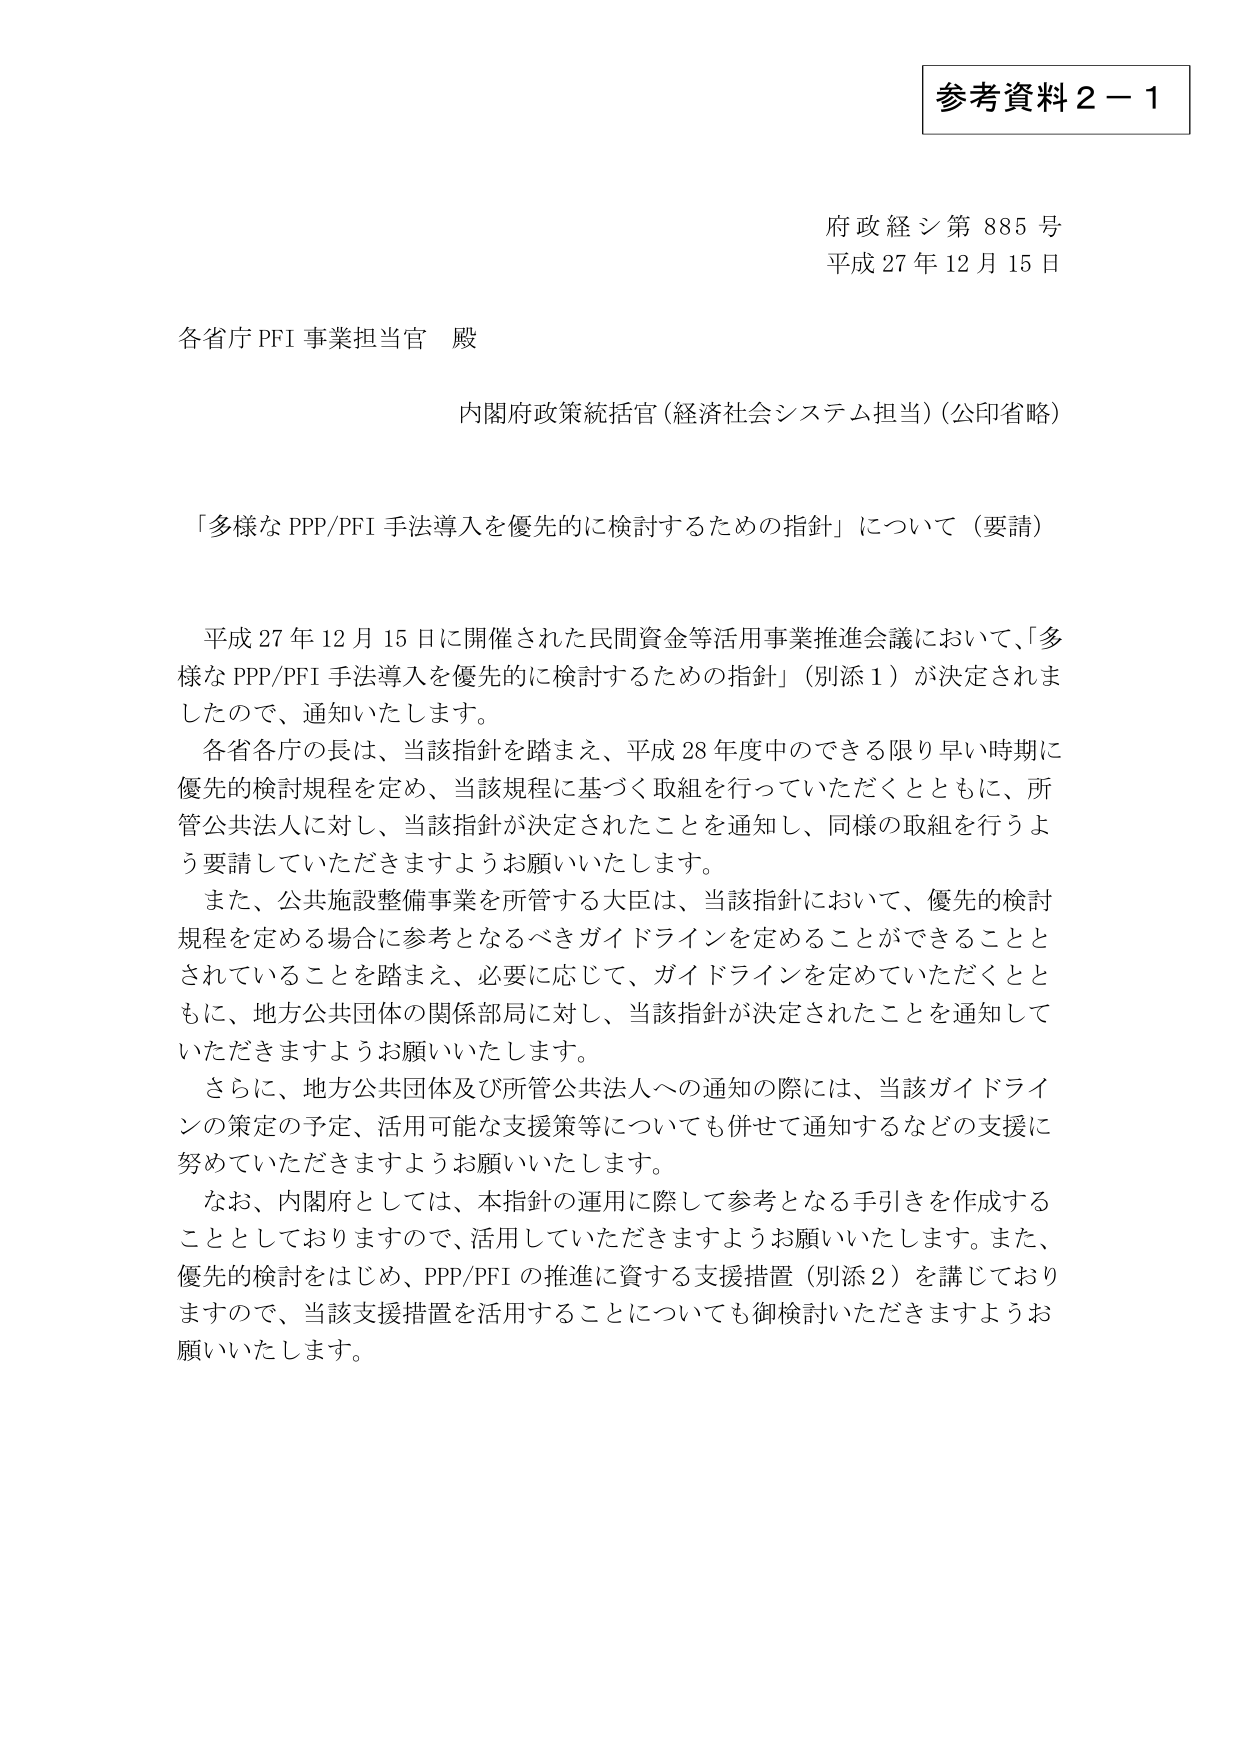
参考資料２－１

府政経シ第885号
平成27年12月15日

各省庁PFI事業担当官 殿

内閣府政策統括官（経済社会システム担当）（公印省略）

「多様なPPP/PFI手法導入を優先的に検討するための指針」について（要請）

平成27年12月15日に開催された民間資金等活用事業推進会議において、「多様なPPP/PFI手法導入を優先的に検討するための指針」（別添1）が決定されましたので、通知いたします。

各省各庁の長は、当該指針を踏まえ、平成28年度中のできる限り早い時期に優先的検討規程を定め、当該規程に基づく取組を行っていただくとともに、所管公共法人に対し、当該指針が決定されたことを通知し、同様の取組を行うよう要請していただきますようお願いいたします。

また、公共施設整備事業を所管する大臣は、当該指針において、優先的検討規程を定める場合に参考となるべきガイドラインを定めることができるとしていることを踏まえ、必要に応じて、ガイドラインを定めていただくとともに、地方公共団体の関係部局に対し、当該指針が決定されたことを通知していただきますようお願いいたします。

さらに、地方公共団体及び所管公共法人への通知の際には、当該ガイドラインの策定の予定、活用可能な支援策等についても併せて通知するなどの支援に努めていただきますようお願いいたします。

なお、内閣府としては、本指針の運用に際して参考となる手引きを作成することとしておりますので、活用していただきますようお願いいたします。また、優先的検討をはじめ、PPP/PFIの推進に資する支援措置（別添2）を講じておりますので、当該支援措置を活用することについても御検討いただきますようお願いいたします。